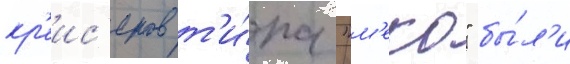
кр'еис'еров т'и́па "м'еко" бы́л'и